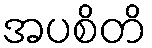
အပစိတိ